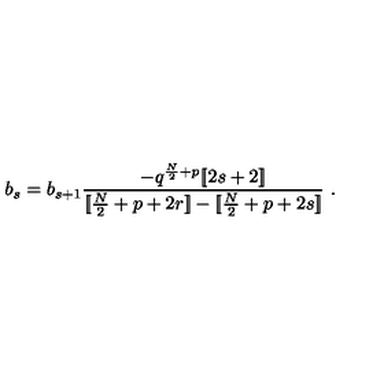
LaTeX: b _ { s } = b _ { s + 1 } { \frac { - q ^ { { \frac { N } { 2 } } + p } [ \! [ 2 s + 2 ] \! ] } { [ \! [ { \frac { N } { 2 } } + p + 2 r ] \! ] - [ \! [ { \frac { N } { 2 } } + p + 2 s ] \! ] } } \ .